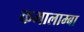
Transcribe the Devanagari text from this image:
कमालाम्बा